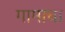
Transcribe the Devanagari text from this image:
गामाचा